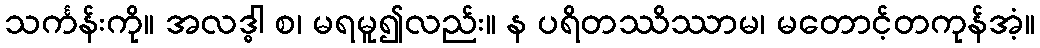
သင်္ကန်းကို။ အလဒ္ဓါ စ၊ မရမူ၍လည်း။ န ပရိတဿိဿာမ၊ မတောင့်တကုန်အံ့။